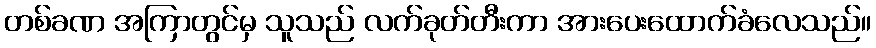
တစ်ခဏ အကြာတွင်မှ သူသည် လက်ခုတ်တီးကာ အားပေးထောက်ခံလေသည်။